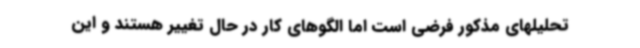
تحلیلهای مذکور فرضی است اما الگوهای کار در حال تغییر هستند و این